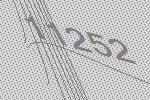
11252